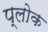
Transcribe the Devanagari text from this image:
प्लोक